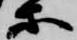
等